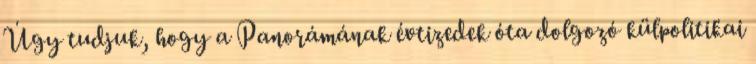
Úgy tudjuk, hogy a Panorámának évtizedek óta dolgozó külpolitikai